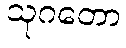
သုဂတော